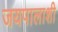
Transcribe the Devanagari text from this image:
जयपालाशी